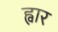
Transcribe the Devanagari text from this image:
ह्वार